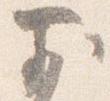
前